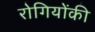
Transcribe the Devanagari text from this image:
रोगियोंकी